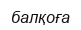
балқоға